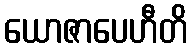
ယောဇာပေဟီတိ